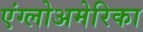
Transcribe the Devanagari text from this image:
एंग्लोअमेरिका